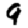
Digit: 9